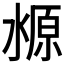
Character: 𬈛